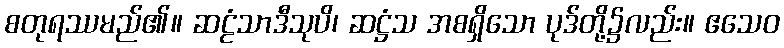
စတုရဿမည်၏။ ဆဠံသာဒီသုပိ၊ ဆဋ္ဌံသ အစရှိသော ပုဒ်တို့၌လည်း။ ဧသေဝ